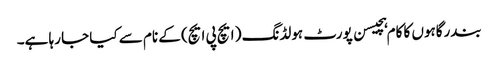
بندرگاہوں کا کام ہچیسن پورٹ ہولڈنگ ( ایچ پی ایچ) کے نام سے کیا جا رہا ہے۔